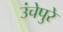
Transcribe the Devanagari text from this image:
उंचेपुरे